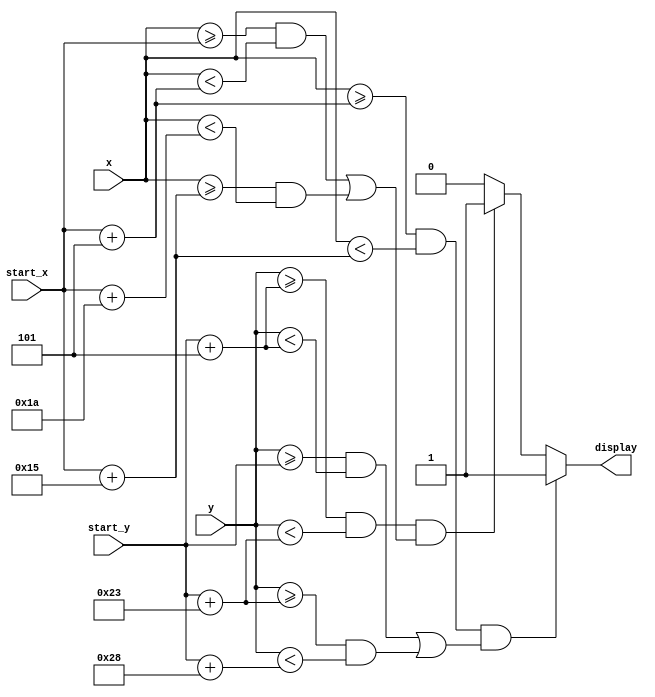
`timescale 1ns / 1ps
//////////////////////////////////////////////////////////////////////////////////
// Company: 
// Engineer: 
// 
// Design Name: 
// Module Name: char_O
// Project Name: 
// Target Devices: 
// Tool Versions: 
// Description: 
// 
// Dependencies: 
// 
// Revision:
// Revision 0.01 - File Created
// Additional Comments:
// 
//////////////////////////////////////////////////////////////////////////////////


module char_O(
    input [31:0] start_x,
    input [31:0] start_y,
    input [9:0] x,
    input [9:0] y,
    output reg display
    );
    
    initial 
        display = 0;
    always @(x or y)
    begin
        //up and down
        if((x >= start_x + 5) && (x < start_x + 21) 
        && (((y >= start_y) && (y < start_y + 5)) || ((y >= start_y + 35) && (y < start_y + 40))))
            display = 1;
        //left and right
        else if((y >= start_y + 5) && (y < start_y + 35) 
        && (((x >= start_x) && (x < start_x + 5)) || ((x >= start_x + 21) && (x < start_x + 26)))) 
            display = 1;
        else display = 0;
    end
        
endmodule